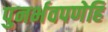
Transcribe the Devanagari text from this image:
पुनर्भवपणेहि